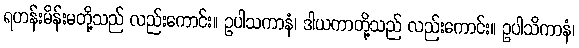
ရဟန်းမိန်းမတို့သည် လည်းကောင်း။ ဥပါသကာနံ၊ ဒါယကာတို့သည် လည်းကောင်း။ ဥပါသိကာနံ၊